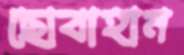
ছোবাহান